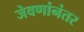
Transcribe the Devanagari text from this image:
जेवणांनंतर